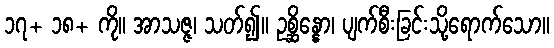
၁၇+ ၁၈+ ကို။ အာသဇ္ဇ၊ သတ်၍။ ဥစ္ဆိန္နော၊ ပျက်စီးခြင်းသို့ရောက်သော။